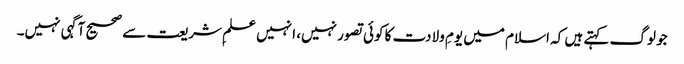
جو لوگ کہتے ہیں کہ اسلام میں یومِ ولادت کا کوئی تصور نہیں، انہیں علمِ شریعت سے صحیح آگہی نہیں۔